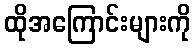
ထိုအကြောင်းများကို